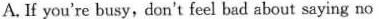
A. If you're busy,don't feel bad about saying no